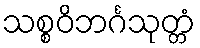
သစ္စဝိဘင်္ဂသုတ္တံ